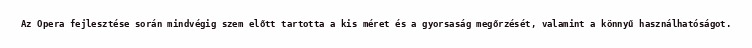
Az Opera fejlesztése során mindvégig szem előtt tartotta a kis méret és a gyorsaság megőrzését, valamint a könnyű használhatóságot.